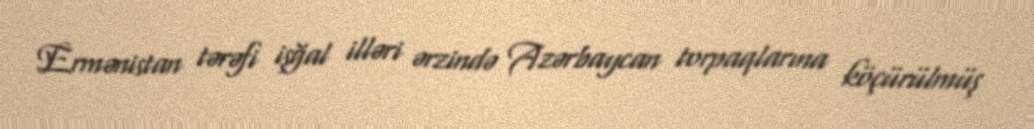
Ermənistan tərəfi işğal illəri ərzində Azərbaycan torpaqlarına köçürülmüş